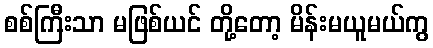
စစ်ကြီးသာ မဖြစ်ယင် တို့တော့ မိန်းမယူမယ်ကွ